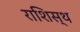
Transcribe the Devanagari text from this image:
राशिस्थ